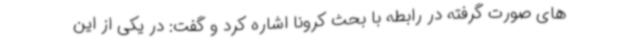
های صورت گرفته در رابطه با بحث کرونا اشاره کرد و گفت: در یکی از این